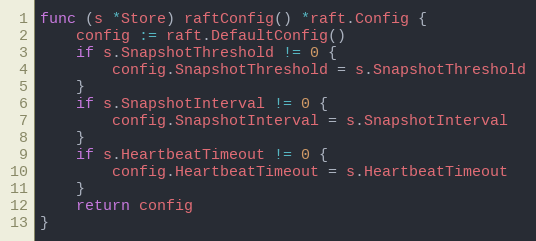
Language: Go
func (s *Store) raftConfig() *raft.Config {
	config := raft.DefaultConfig()
	if s.SnapshotThreshold != 0 {
		config.SnapshotThreshold = s.SnapshotThreshold
	}
	if s.SnapshotInterval != 0 {
		config.SnapshotInterval = s.SnapshotInterval
	}
	if s.HeartbeatTimeout != 0 {
		config.HeartbeatTimeout = s.HeartbeatTimeout
	}
	return config
}